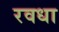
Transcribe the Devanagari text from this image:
रवधा